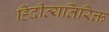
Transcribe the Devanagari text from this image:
हिंदीव्यतिरिक्त